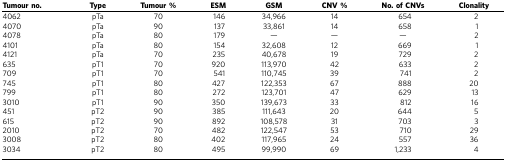
<table><thead><tr><td><b>Tumour no.</b></td><td><b>Type</b></td><td><b>Tumour %</b></td><td><b>ESM</b></td><td><b>GSM</b></td><td><b>CNV %</b></td><td><b>No. of CNVs</b></td><td><b>Clonality</b></td></tr></thead><tbody><tr><td>4062</td><td>pTa</td><td>70</td><td>146</td><td>34,966</td><td>14</td><td>654</td><td>2</td></tr><tr><td>4070</td><td>pTa</td><td>90</td><td>137</td><td>33,861</td><td>14</td><td>658</td><td>1</td></tr><tr><td>4078</td><td>pTa</td><td>80</td><td>179</td><td>—</td><td>—</td><td>—</td><td>2</td></tr><tr><td>4101</td><td>pTa</td><td>80</td><td>154</td><td>32,608</td><td>12</td><td>669</td><td>1</td></tr><tr><td>4121</td><td>pTa</td><td>70</td><td>235</td><td>40,678</td><td>19</td><td>729</td><td>2</td></tr><tr><td>635</td><td>pT1</td><td>70</td><td>920</td><td>113,970</td><td>42</td><td>633</td><td>2</td></tr><tr><td>709</td><td>pT1</td><td>70</td><td>541</td><td>110,745</td><td>39</td><td>741</td><td>2</td></tr><tr><td>745</td><td>pT1</td><td>80</td><td>427</td><td>122,353</td><td>67</td><td>888</td><td>20</td></tr><tr><td>799</td><td>pT1</td><td>80</td><td>272</td><td>123,701</td><td>47</td><td>629</td><td>13</td></tr><tr><td>3010</td><td>pT1</td><td>90</td><td>350</td><td>139,673</td><td>33</td><td>812</td><td>16</td></tr><tr><td>451</td><td>pT2</td><td>90</td><td>385</td><td>111,643</td><td>20</td><td>644</td><td>5</td></tr><tr><td>615</td><td>pT2</td><td>90</td><td>892</td><td>108,578</td><td>31</td><td>703</td><td>3</td></tr><tr><td>2010</td><td>pT2</td><td>70</td><td>482</td><td>122,547</td><td>53</td><td>710</td><td>29</td></tr><tr><td>3008</td><td>pT2</td><td>80</td><td>402</td><td>117,965</td><td>24</td><td>557</td><td>36</td></tr><tr><td>3034</td><td>pT2</td><td>80</td><td>495</td><td>99,990</td><td>69</td><td>1,233</td><td>4</td></tr></tbody></table>